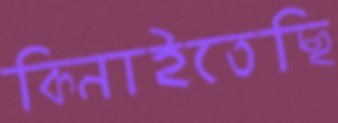
কিনাইতেছি